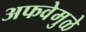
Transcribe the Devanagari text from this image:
अफवेमुळे